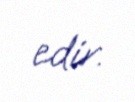
edir.